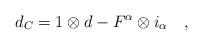
LaTeX: \begin{align*}d_C= 1\otimes d - F^\alpha \otimes i_\alpha \quad ,\end{align*}